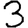
Digit: 3